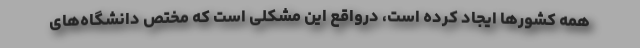
همه کشورها ایجاد کرده است، درواقع این مشکلی است که مختص دانشگاه‌های